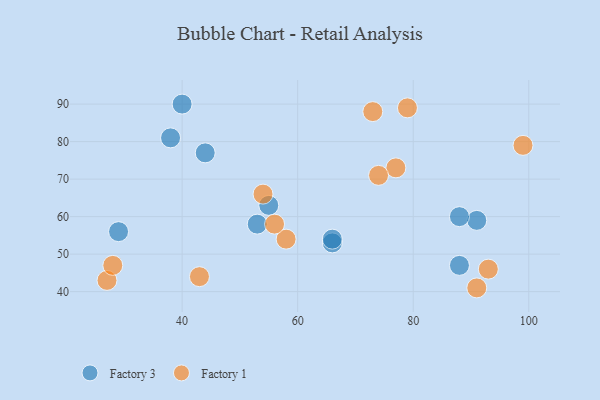
{"axis": {"x": "GDP", "y": "Life Expectancy"}, "legend": ["Factory 1", "Factory 3"], "data": [{"x": "88", "y": 47, "type": "Factory 3"}, {"x": "66", "y": 53, "type": "Factory 3"}, {"x": "91", "y": 59, "type": "Factory 3"}, {"x": "66", "y": 54, "type": "Factory 3"}, {"x": "38", "y": 81, "type": "Factory 3"}, {"x": "29", "y": 56, "type": "Factory 3"}, {"x": "55", "y": 63, "type": "Factory 3"}, {"x": "53", "y": 58, "type": "Factory 3"}, {"x": "40", "y": 90, "type": "Factory 3"}, {"x": "44", "y": 77, "type": "Factory 3"}, {"x": "88", "y": 60, "type": "Factory 3"}, {"x": "27", "y": 43, "type": "Factory 1"}, {"x": "99", "y": 79, "type": "Factory 1"}, {"x": "58", "y": 54, "type": "Factory 1"}, {"x": "54", "y": 66, "type": "Factory 1"}, {"x": "28", "y": 47, "type": "Factory 1"}, {"x": "77", "y": 73, "type": "Factory 1"}, {"x": "74", "y": 71, "type": "Factory 1"}, {"x": "91", "y": 41, "type": "Factory 1"}, {"x": "73", "y": 88, "type": "Factory 1"}, {"x": "93", "y": 46, "type": "Factory 1"}, {"x": "43", "y": 44, "type": "Factory 1"}, {"x": "56", "y": 58, "type": "Factory 1"}, {"x": "79", "y": 89, "type": "Factory 1"}]}